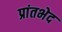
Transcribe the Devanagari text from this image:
प्रांतभेद